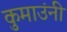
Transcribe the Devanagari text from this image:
कुमाउंनी